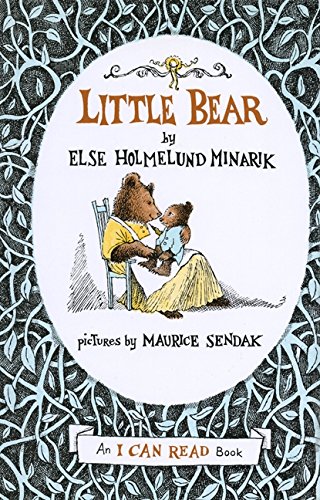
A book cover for Little Bear (An I Can Read Book); Elsa Holmelund Minarik; Children's Books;